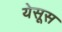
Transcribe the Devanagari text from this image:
येसूस